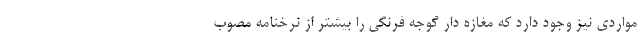
مواردی نیز وجود دارد که مغازه دار گوجه فرنگی را بیشتر از نرخنامه مصوب